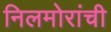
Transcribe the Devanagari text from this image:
निलमोरांची